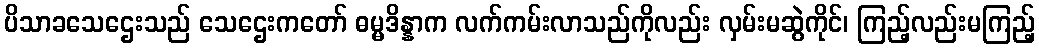
ပိသာခသေဌေးသည် သေဌေးကတော် ဓမ္မဒိန္နာက လက်ကမ်းလာသည်ကိုလည်း လှမ်းမဆွဲကိုင်၊ ကြည့်လည်းမကြည့်